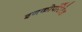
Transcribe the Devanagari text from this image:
इनकोर्पोरेटेड